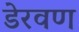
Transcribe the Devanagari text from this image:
डेरवण